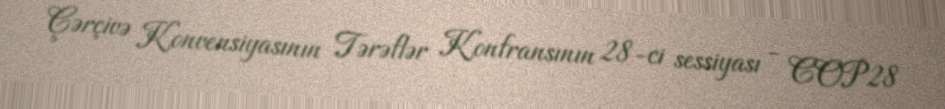
Çərçivə Konvensiyasının Tərəflər Konfransının 28-ci sessiyası - COP28